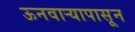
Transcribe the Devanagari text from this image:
ऊनवार्‍यापासून